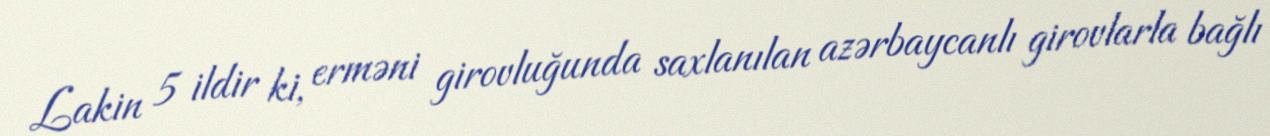
Lakin 5 ildir ki, erməni girovluğunda saxlanılan azərbaycanlı girovlarla bağlı